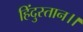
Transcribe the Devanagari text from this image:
हिंदुस्तान।।